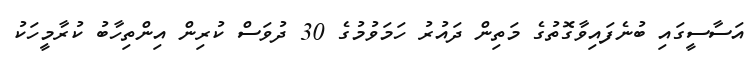
އަސާސީގައި ބުނެފައިވާގޮތުގެ މަތިން ދައުރު ހަމަވުމުގެ 30 ދުވަސް ކުރިން އިންތިހާބު ކުރާމީހަކު